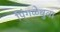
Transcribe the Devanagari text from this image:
पिंगळेबुवा